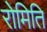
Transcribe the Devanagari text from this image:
रोमिति